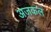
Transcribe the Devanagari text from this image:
अजकल